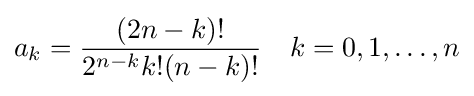
a_{k}={\frac {(2n-k)!}{2^{n-k}k!(n-k)!}}\quad k=0,1,\ldots ,n